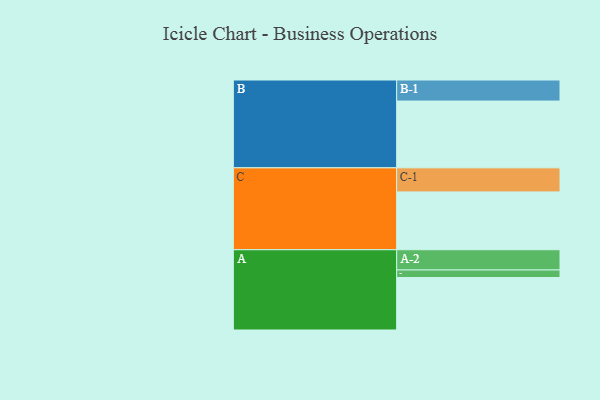
{"axis": {"x": "Segment", "y": "Value"}, "legend": ["", "A", "B", "C"], "data": [{"x": "A", "y": 451, "type": ""}, {"x": "B", "y": 574, "type": ""}, {"x": "C", "y": 497, "type": ""}, {"x": "A-1", "y": 65, "type": "A"}, {"x": "A-2", "y": 174, "type": "A"}, {"x": "B-1", "y": 181, "type": "B"}, {"x": "C-1", "y": 207, "type": "C"}]}